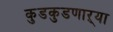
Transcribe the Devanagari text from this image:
कुडकुडणाऱ्या